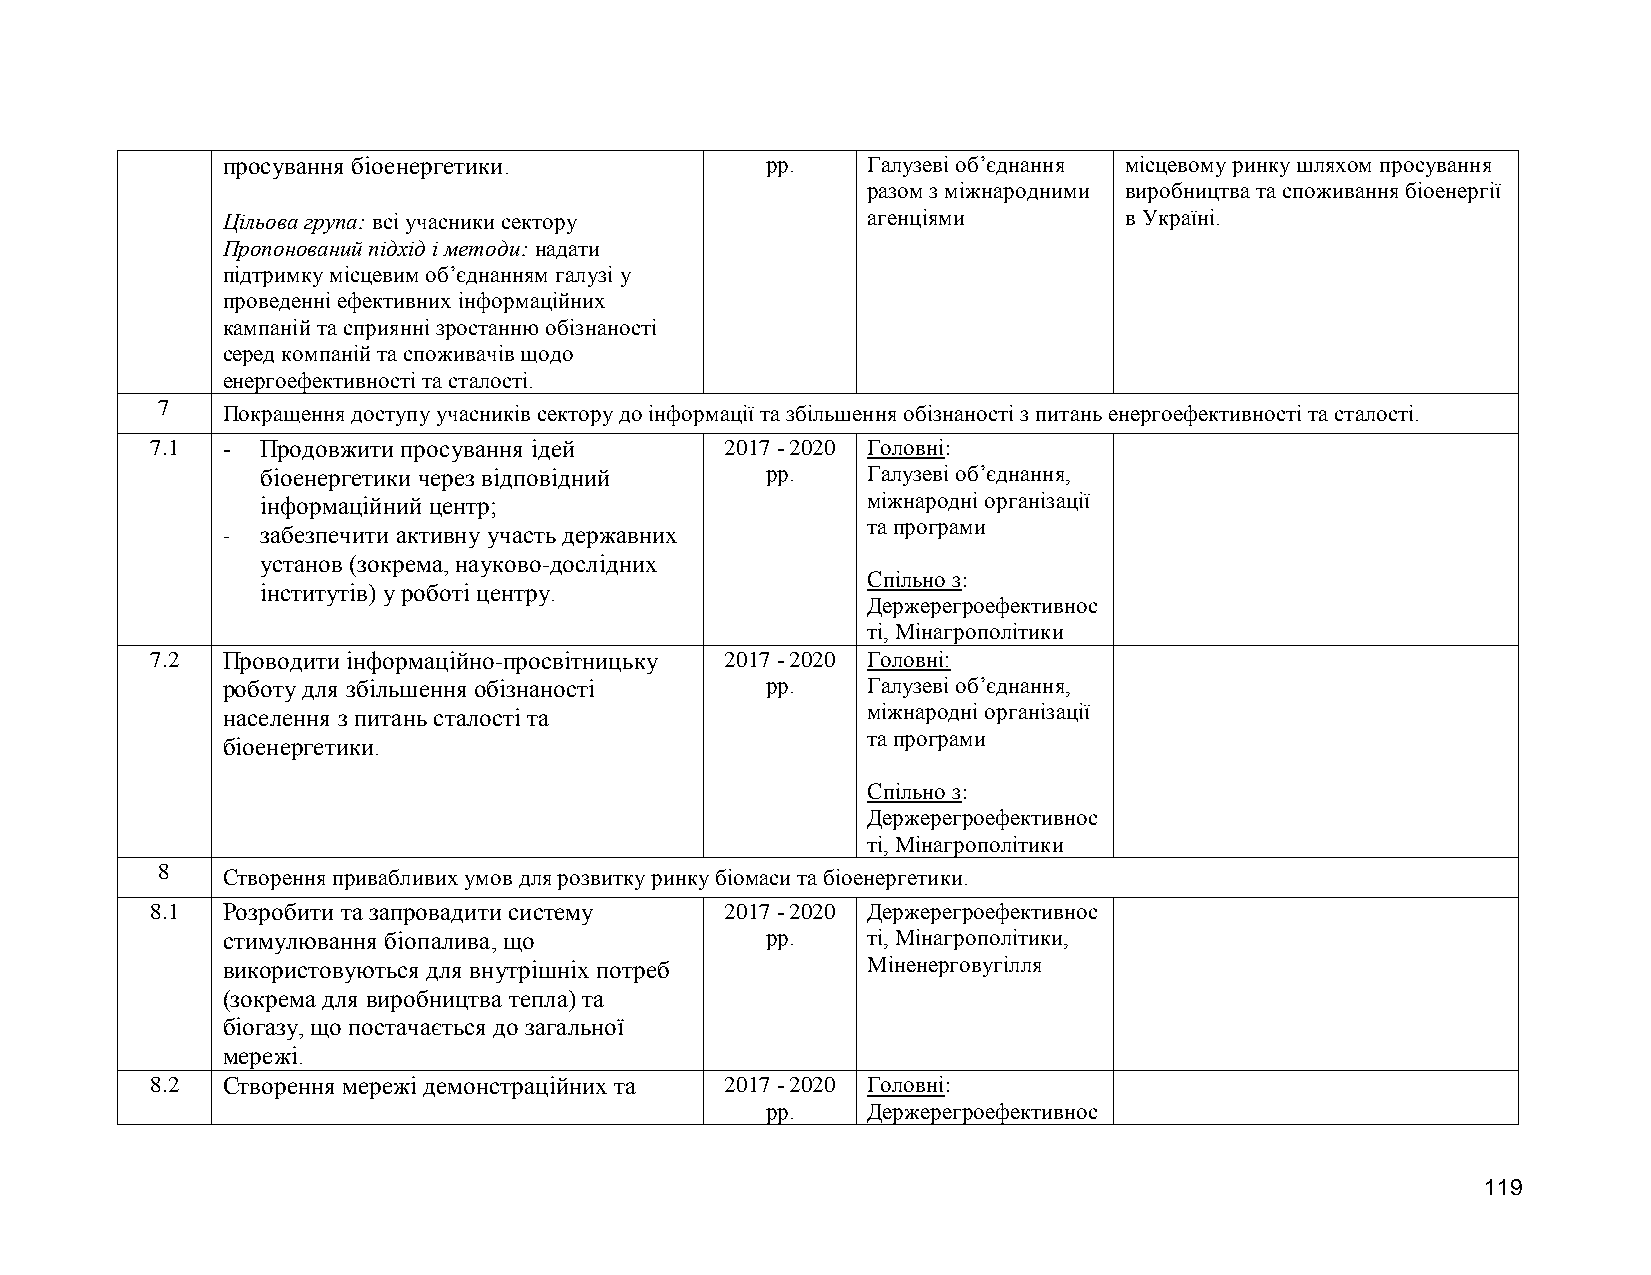
просування біоенергетики.           рр.   Галузеві об’єднання місцевому ринку шляхом просування
 разом з міжнародними виробництва та споживання біоенергії
 Цільова група: всі учасники сектору       агенціями        в Україні.
 Пропонований підхід і методи: надати
 підтримку місцевим об’єднанням галузі у
 проведенні ефективних інформаційних
 кампаній та сприянні зростанню обізнаності
 серед компаній та споживачів щодо
 енергоефективності та сталості.
 7
 Покращення доступу учасників сектору до інформації та збільшення обізнаності з питань енергоефективності та сталості.
 7.1  - Продовжити просування ідей     2017 - 2020 Головні:
 біоенергетики через відповідний   рр.   Галузеві об’єднання,
 інформаційний центр;                    міжнародні організації
 та програми
 - забезпечити активну участь державних
 установ (зокрема, науково-дослідних
 Спільно з:
 інститутів) у роботі центру.
 Держерегроефективнос
 ті, Мінагрополітики
 7.2  Проводити інформаційно-просвітницьку 2017 - 2020 Головні:
 роботу для збільшення обізнаності   рр.   Галузеві об’єднання,
 населення з питань сталості та            міжнародні організації
 та програми
 біоенергетики.
 Спільно з:
 Держерегроефективнос
 ті, Мінагрополітики
 8    Створення привабливих умов для розвитку ринку біомаси та біоенергетики.
 8.1  Розробити та запровадити систему 2017 - 2020 Держерегроефективнос
 стимулювання біопалива, що          рр.   ті, Мінагрополітики,
 використовуються для внутрішніх потреб    Міненерговугілля
 (зокрема для виробництва тепла) та
 біогазу, що постачається до загальної
 мережі.
 8.2  Створення мережі демонстраційних та 2017 - 2020 Головні:
 рр.   Держерегроефективнос
 119